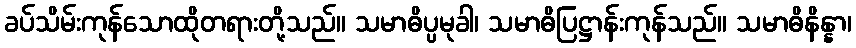
ခပ်သိမ်းကုန်သောထိုတရားတို့သည်။ သမာဓိပ္ပမုခါ၊ သမာဓိပြဋ္ဌာန်းကုန်သည်။ သမာဓိနိန္နာ၊